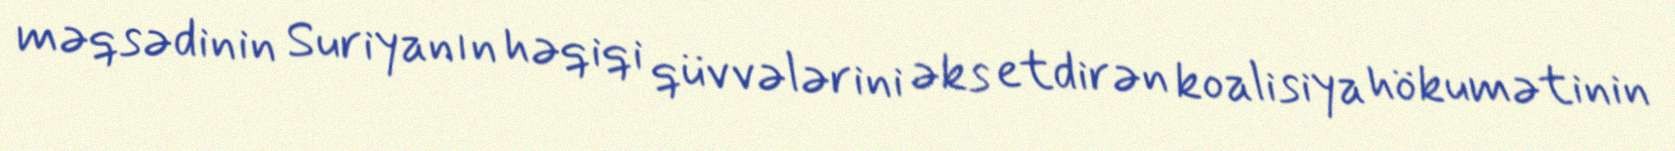
məqsədinin Suriyanın həqiqi qüvvələrini əks etdirən koalisiya hökumətinin